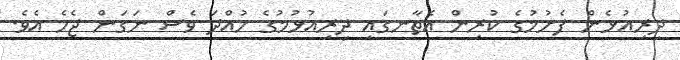
ދިރިއުޅެން ފެށުމުގެ ކުރިން އެތާނގައި ދިރިއުުޅުމުގެ ހުއްދަ ވެސް ނަގަން ޖެހެ އެވެ.